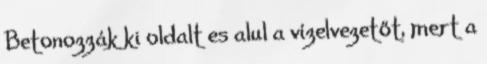
Betonozzák ki oldalt es alul a vízelvezetőt, mert a